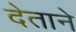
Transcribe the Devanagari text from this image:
देताने